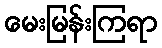
မေးမြန်းကြရာ